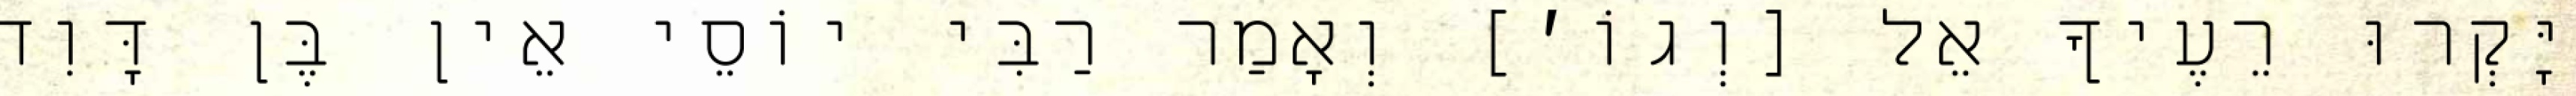
יָּקְרוּ רֵעֶיךָ אֵל [וְגוֹ׳] וְאָמַר רַבִּי יוֹסֵי אֵין בֶּן דָּוִד